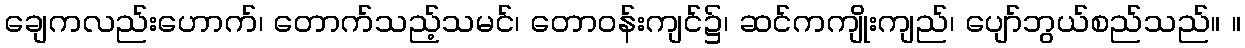
ချေကလည်းဟောက်၊ တောက်သည့်သမင်၊ တောဝန်းကျင်၌၊ ဆင်ကကျိုးကျည်၊ ပျော်ဘွယ်စည်သည်။ ။